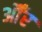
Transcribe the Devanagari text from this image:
औँर